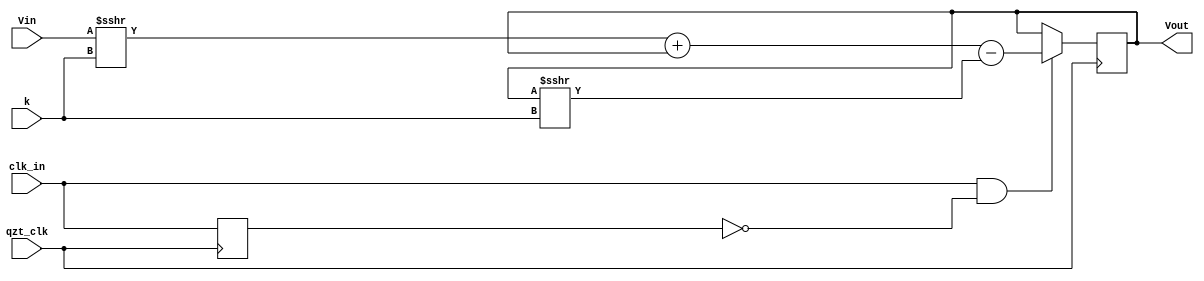
module Module_LowPassFilter(input qzt_clk,
													  input clk_in,
														input [3:0] k,
														input signed [19:0] Vin,

														output reg signed [19:0] Vout);

reg		clk_in_old;

// Insert below the necessary reg's and lines
always @(posedge qzt_clk) begin
	if(clk_in & !clk_in_old) begin
		Vout <= (Vin >>> k) + Vout - (Vout >>> k);
	end
	clk_in_old <= clk_in;
end

endmodule